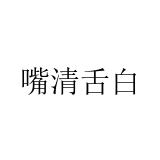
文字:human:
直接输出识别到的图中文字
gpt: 嘴清舌白